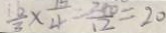
\frac { 1 6 } { 3 } \times \frac { 1 5 } { 4 } = \frac { 2 4 0 } { 1 2 } = 2 0